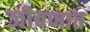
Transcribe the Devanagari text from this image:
जीवणात